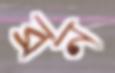
ব্রন